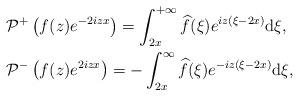
LaTeX: \begin{align*}&\mathcal{P}^+\left(f(z) e^{-2iz x}\right) =\int_{2x}^{+\infty} \widehat{f}(\xi)e^{iz(\xi-2x) }\mathrm{d}\xi,\\&\mathcal{P}^-\left(f(z) e^{2iz x}\right) =-\int^{\infty}_{2x} \widehat{f}(\xi)e^{-iz(\xi-2x ) }\mathrm{d}\xi,\end{align*}